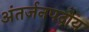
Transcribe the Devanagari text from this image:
अंतर्जनपदोय